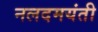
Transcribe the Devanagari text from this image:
नलदमयंती